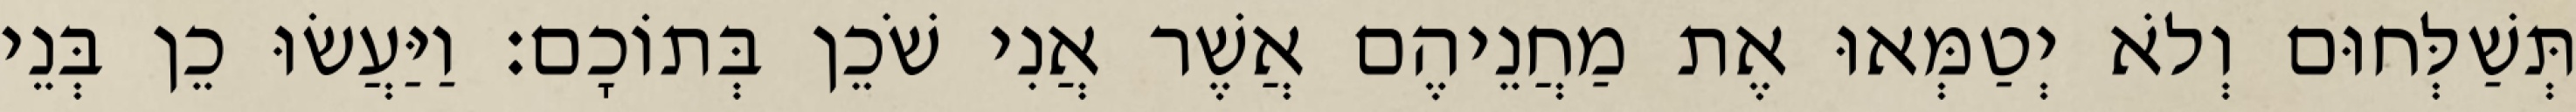
תְּשַׁלְּחוּם וְלֹא יְטַמְּאוּ אֶת מַחֲנֵיהֶם אֲשֶׁר אֲנִי שֹׁכֵן בְּתוֹכָם׃ וַיַּעֲשׂוּ כֵן בְּנֵי